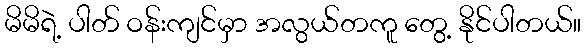
မိမိရဲ့ ပါတ် ဝန်းကျင်မှာ အလွယ်တကူ တွေ့ နိုင်ပါတယ်။